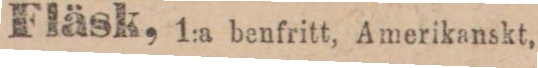
Fläsk, 1:a benfritt, Amerikanskt,